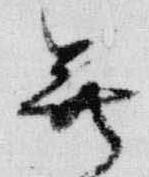
尊